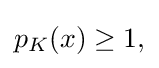
{\textstyle p_{K}(x)\geq 1,}